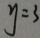
y = 3